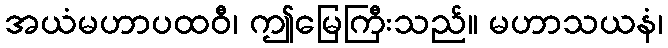
အယံမဟာပထဝီ၊ ဤမြေကြီးသည်။ မဟာသယနံ၊